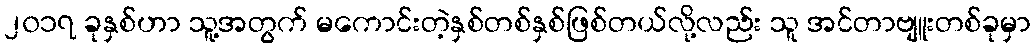
၂၀၁၇ ခုနှစ်ဟာ သူ့အတွက် မကောင်းတဲ့နှစ်တစ်နှစ်ဖြစ်တယ်လို့လည်း သူ အင်တာဗျူးတစ်ခုမှာ